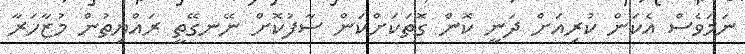
ނަމަވެސް އެކަން ކުރިއަށް ދަނީ ކޮން ގޮތަކަށްކަން ސާފުކޮށް ނޭނގޭތީ ރައްޔިތުން މުޒާހަރާ